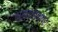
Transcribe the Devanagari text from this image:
हस्त्ताक्षर